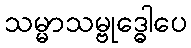
သမ္မာသမ္ဗုဒ္ဓေါပေ